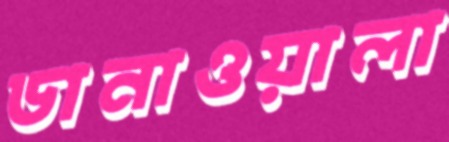
ডানাওয়ালা